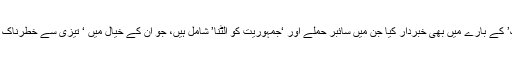
ایلکس ینگر نے ‘مخلوط جنگ’ کے بارے میں بھی خبردار کیا جن میں سائبر حملے اور ‘جمہوریت کو الٹنا’ شامل ہیں، جو ان کے خیال میں ‘ تیزی سے خطرناک صورتحال اختیار کر رہا ہے۔